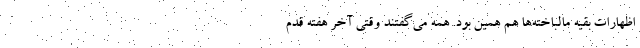
اظهارات بقیه مالباخته‌ها هم همین بود. همه می‌گفتند وقتی آخر هفته قدم